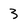
Character: 3